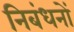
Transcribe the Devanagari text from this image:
निबंधनों